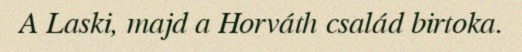
A Laski, majd a Horváth család birtoka.